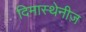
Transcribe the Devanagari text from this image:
दिमास्थेनीज़